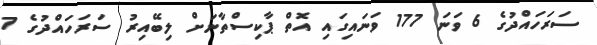
ސަރަހައްދުގެ 6 ވަނަ 177 ވަނައިގައި އޮތް ޕާކިސްތާނަށް ލިބޭއިރު ސަރަހައްދުގެ 7